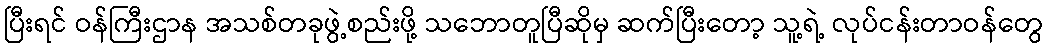
ပြီးရင် ဝန်ကြီးဌာန အသစ်တခုဖွဲ့စည်းဖို့ သဘောတူပြီဆိုမှ ဆက်ပြီးတော့ သူ့ရဲ့ လုပ်ငန်းတာဝန်တွေ